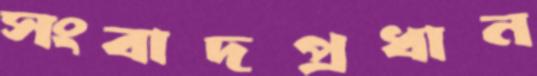
সংবাদপ্রধান